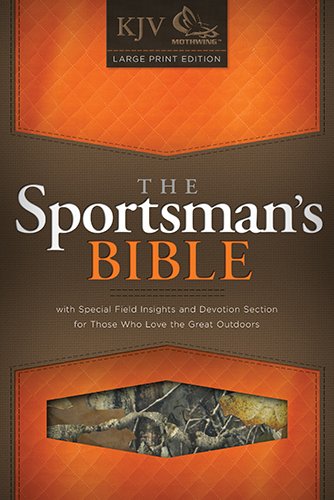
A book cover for The Sportsman's Bible: KJV Large Print Edition, Camo LeatherTouch; Sports & Outdoors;